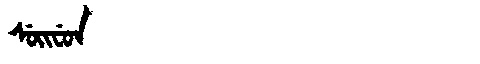
Manchu: ᠰᡠᡳᠸᡠᠨ
Romanization: SUIFUN